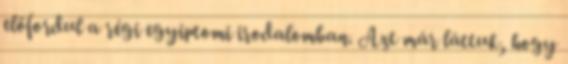
előfordul a régi egyiptomi irodalomban. Azt már láttuk, hogy